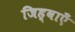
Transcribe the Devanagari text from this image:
जिह्वाएँ